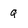
Character: q